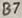
Text: B7